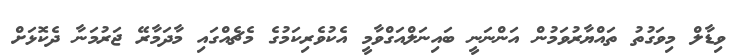
ވިޑާލް މިވަގުތު ތައްޔާރުވަމުން އަންނަނީ ބައިނަލްއަގްވާމީ އެކުވެރިކަމުގެ މެޗެއްގައި މާދަމާރޭ ޖަރުމަނާ ދެކޮޅަށް